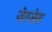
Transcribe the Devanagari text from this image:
ज़ेतज़ेस